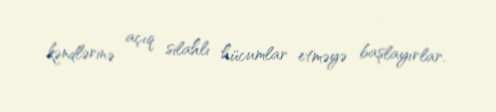
kəndlərinə açıq silahlı hücumlar etməyə başlayırlar.